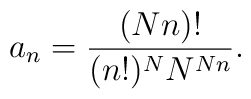
a_n = \frac{(Nn)!}{(n!)^N N^{Nn}}.